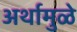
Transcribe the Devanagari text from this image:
अर्थामुळे